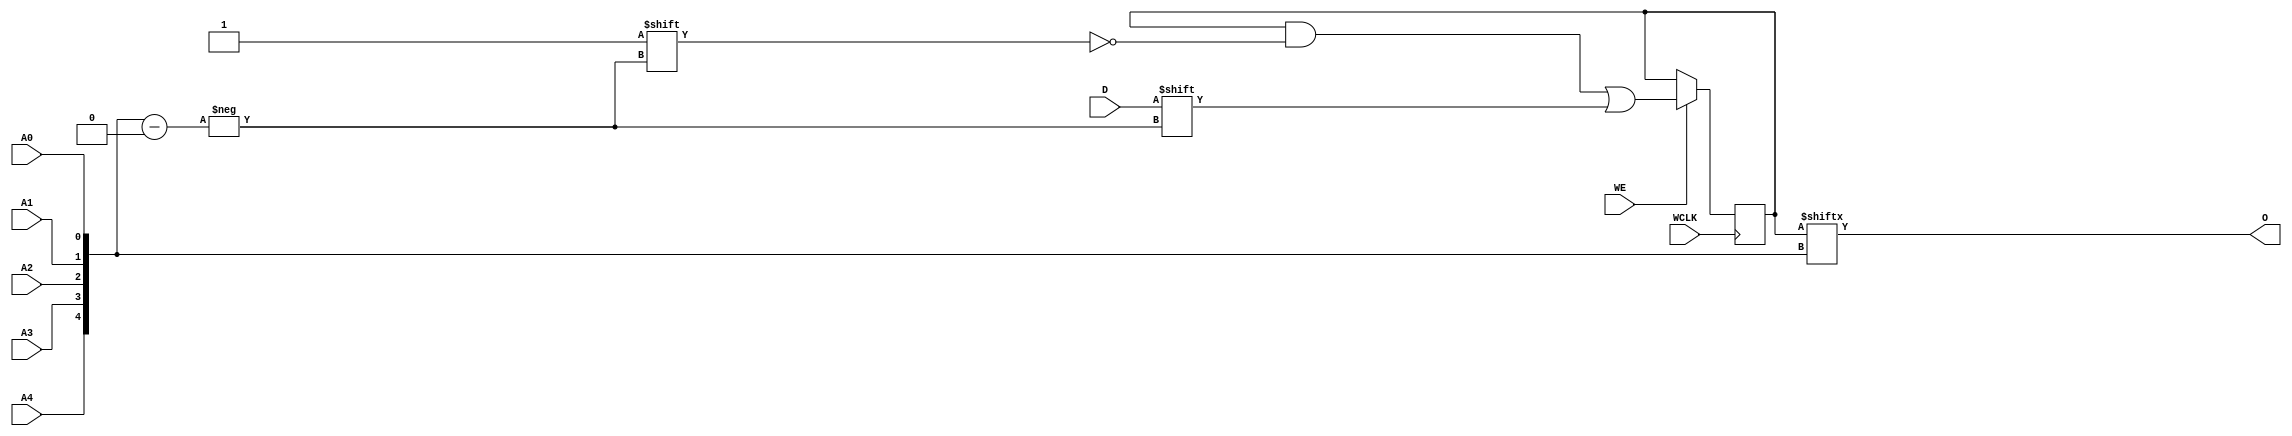
// $Header: /devl/xcs/repo/env/Databases/CAEInterfaces/verunilibs/data/unisims/RAM32X1S.v,v 1.8 2005/03/14 22:32:58 yanx Exp $
///////////////////////////////////////////////////////////////////////////////
// Copyright (c) 1995/2004 Xilinx, Inc.
// All Right Reserved.
///////////////////////////////////////////////////////////////////////////////
//   ____  ____
//  /   /\/   /
// /___/  \  /    Vendor : Xilinx
// \   \   \/     Version : 8.1i (I.13)
//  \   \         Description : Xilinx Functional Simulation Library Component
//  /   /                  Static Synchronous RAM 32-Deep by 1-Wide
// /___/   /\     Filename : RAM32X1S.v
// \   \  /  \    Timestamp : Thu Mar 25 16:43:33 PST 2004
//  \___\/\___\
//
// Revision:
//    03/23/04 - Initial version.
//    02/04/05 - Rev 0.0.1 Remove input/output bufs; Remove for-loop in initial block;
// End Revision

`timescale  1 ps / 1 ps


module RAM32X1S (O, A0, A1, A2, A3, A4, D, WCLK, WE);

    parameter INIT = 32'h00000000;

    output O;

    input  A0, A1, A2, A3, A4, D, WCLK, WE;

    reg  [31:0] mem;
    wire [4:0] adr;

    assign adr = {A4, A3, A2, A1, A0};
    assign O = mem[adr];

    initial
        mem = INIT;

    always @(posedge WCLK)
        if (WE == 1'b1)
            mem[adr] <= #100 D;

endmodule